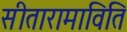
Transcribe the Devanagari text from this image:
सीतारामाविति